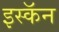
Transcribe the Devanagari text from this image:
इस्कॅन